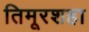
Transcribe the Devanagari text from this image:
तिमूरशहा